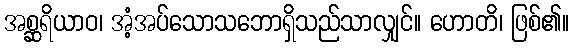
အစ္ဆရိယာဝ၊ အံ့အပ်သောသဘောရှိသည်သာလျှင်။ ဟောတိ၊ ဖြစ်၏။